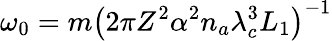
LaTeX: \omega_{0}=m\left(2\pi Z^{2}\alpha^{2}n_{a}\lambda_{c}^{3}L_{1}\right)^{-1}